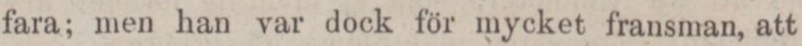
fara; men han var dock för mycket fransman, att